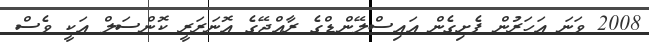
2008 ވަނަ އަހަރުން ފެށިގެން އައިސްލޭންޑްގެ ރާއްޖޭގެ އޮނަރަރީ ކޮންސަލް އަކީ ވެސް